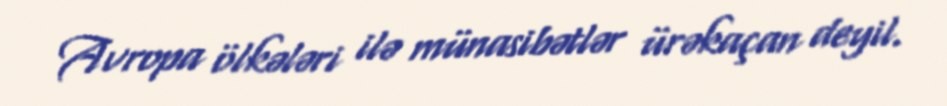
Avropa ölkələri ilə münasibətlər ürəkaçan deyil.